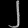
Digit: ၂